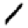
Digit: 1